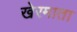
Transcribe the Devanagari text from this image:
खेरमाता